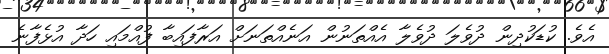
އެވެ. ކުޑަކުދިން ދުވެލަ ދުވެލާ އެއްތަނުން އަނެއްތަނަށް އަރާފައިބާ ފުއްމައި ހަދާ އުޅެފާނެ